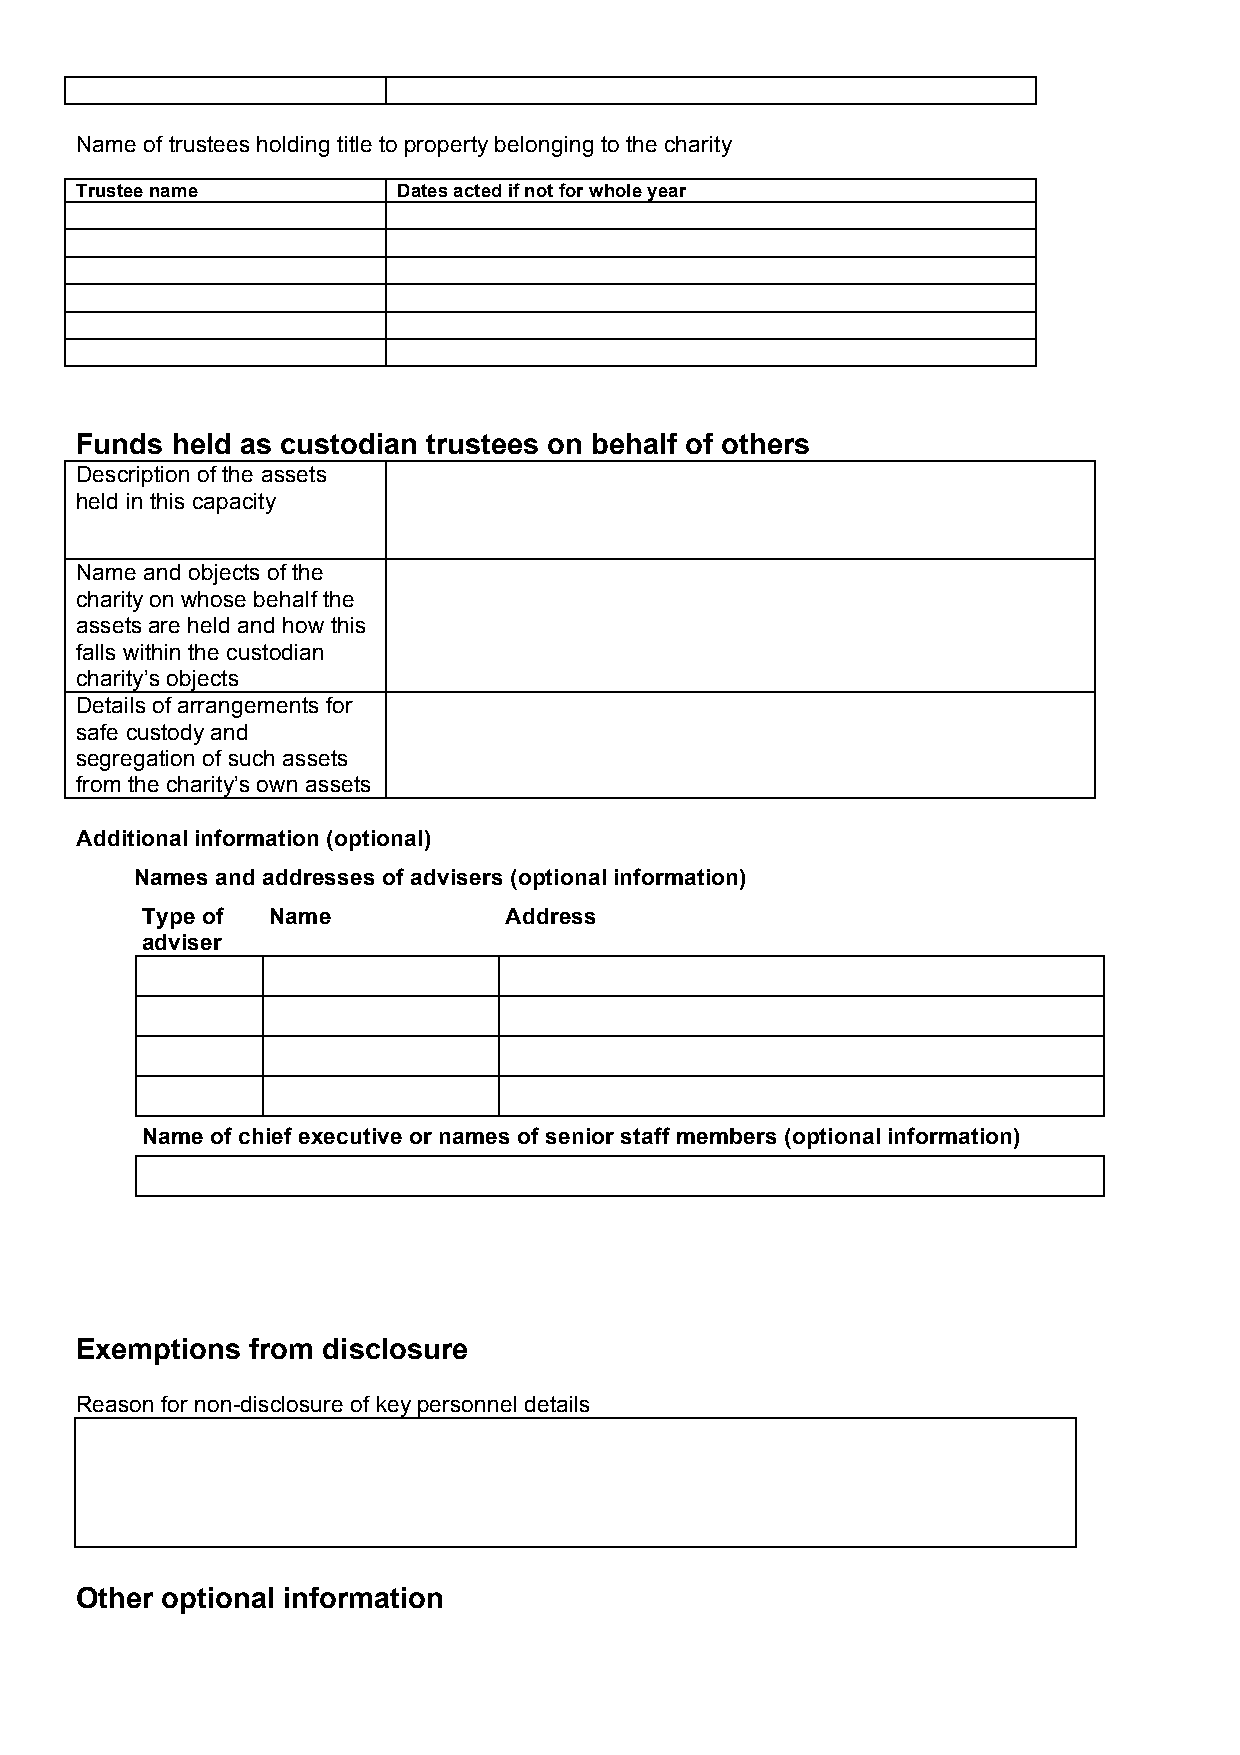
Name of trustees holding title to property belonging to the charity
 Trustee name         Dates acted if not for whole year
 Funds held as custodian trustees on behalf of others
 Description of the assets
 held in this capacity
 Name and objects of the
 charity on whose behalf the
 assets are held and how this
 falls within the custodian
 charity’s objects
 Details of arrangements for
 safe custody and
 segregation of such assets
 from the charity’s own assets
 Additional information (optional)
 Names and addresses of advisers (optional information)
 Type of  Name           Address
 adviser
 Name of chief executive or names of senior staff members (optional information)
 Exemptions  from disclosure
 Reason for non-disclosure of key personnel details
 Other optional information